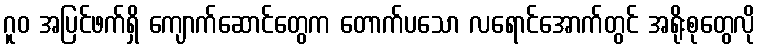
ဂူဝ အပြင်ဖက်ရှိ ကျောက်ဆောင်တွေက တောက်ပသော လရောင်အောက်တွင် အရိုးစုတွေလို